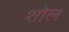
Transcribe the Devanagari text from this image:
शोल